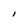
Character: I